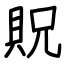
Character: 貺